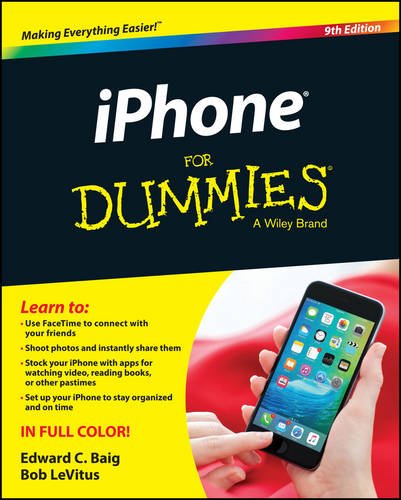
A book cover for iPhone For Dummies; Edward C. Baig; Computers & Technology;